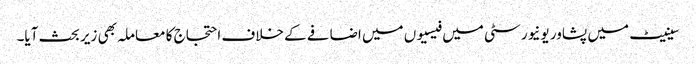
سینیٹ میں پشاور یونیورسٹی میں فیسیوں میں اضافے کے خلاف احتجاج کا معاملہ بھی زیر بحث آیا۔